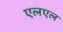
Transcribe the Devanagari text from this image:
एलएल